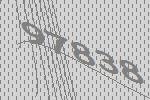
97838